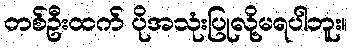
တစ်ဦးထက် ပိုအသုံးပြုလို့မရပါဘူး။